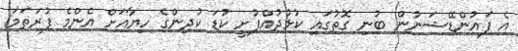
އެ ފައުންޑޭޝަނުން ބުނި ގޮތުގައި ކުޅުދުއްފުށީ ކުޑަ ކުދިންގެ ހިޔާއަށް އެންމެ ފުރަތަމަ